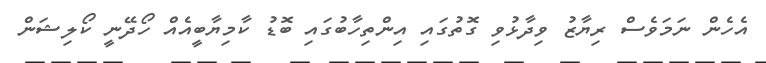
އެހެން ނަމަވެސް ރިޔާޒު ވިދާޅުވި ގޮތުގައި އިންތިހާބުގައި ބޮޑު ކާމިޔާބީއެއް ހޯދޭނީ ކޯލިޝަން